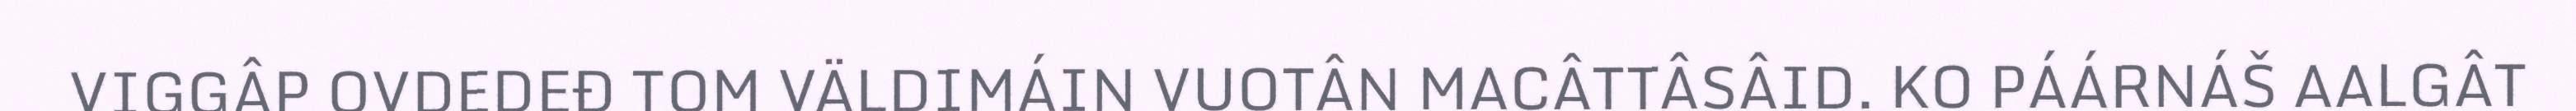
VIGGÂP OVDEDEĐ TOM VÄLDIMÁIN VUOTÂN MACÂTTÂSÂID. KO PÁÁRNÁŠ AALGÂT